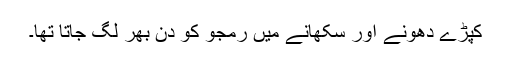
کپڑے دھونے اور سکھانے میں رمجو کو دن بھر لگ جاتا تھا۔